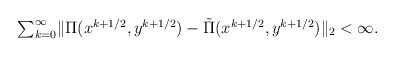
\begin{align*}\textstyle{\sum}_{k = 0}^\infty\|\Pi(x^{k+1/2}, y^{k+1/2}) - \tilde \Pi(x^{k+1/2}, y^{k+1/2})\|_2 < \infty.\end{align*}